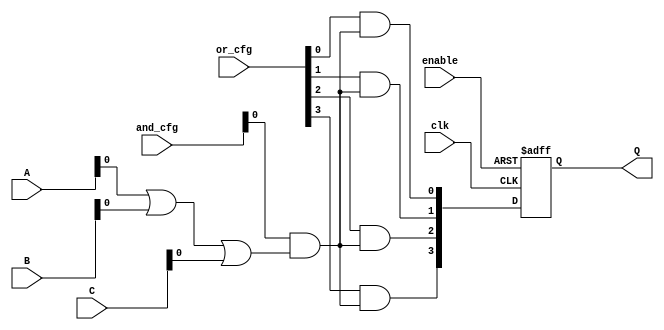
module RPAL #(
    parameter NUM_INPUTS = 3,          // Number of input signals A, B, C, ...
    parameter NUM_AND_GATES = 8,        // Number of programmable AND gates
    parameter NUM_OR_GATES = 4           // Number of programmable OR gates
)(
    input [NUM_INPUTS-1:0] A,          // Input signals
    input [NUM_INPUTS-1:0] B,
    input [NUM_INPUTS-1:0] C,
    input clk,                          // Clock signal for registered outputs
    input enable,                       // Enable control signal
    input [NUM_AND_GATES-1:0] and_cfg, // AND array configurations
    input [NUM_OR_GATES-1:0] or_cfg,   // OR array configurations
    output reg [NUM_OR_GATES-1:0] Q     // Registered outputs
);

    wire [NUM_AND_GATES-1:0] and_out;   // Outputs from AND gates

    // Programmable AND array
    genvar i;
    generate
        for (i = 0; i < NUM_AND_GATES; i = i + 1) begin : and_array
            assign and_out[i] = (and_cfg[i] & (A | B | C)); // Sample implementation
        end
    endgenerate

    // Programmable OR array
    wire [NUM_OR_GATES-1:0] or_out; // OR gate outputs
    
    generate
        for (i = 0; i < NUM_OR_GATES; i = i + 1) begin : or_array
            assign or_out[i] = (or_cfg[i] & and_out); // Sample implementation
        end
    endgenerate

    // Registered outputs
    always @(posedge clk or negedge enable) begin
        if (!enable) begin
            Q <= 0; // Reset outputs if not enabled
        end else begin
            Q <= or_out; // Register the output
        end
    end

endmodule